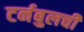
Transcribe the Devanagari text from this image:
टर्नबुलची